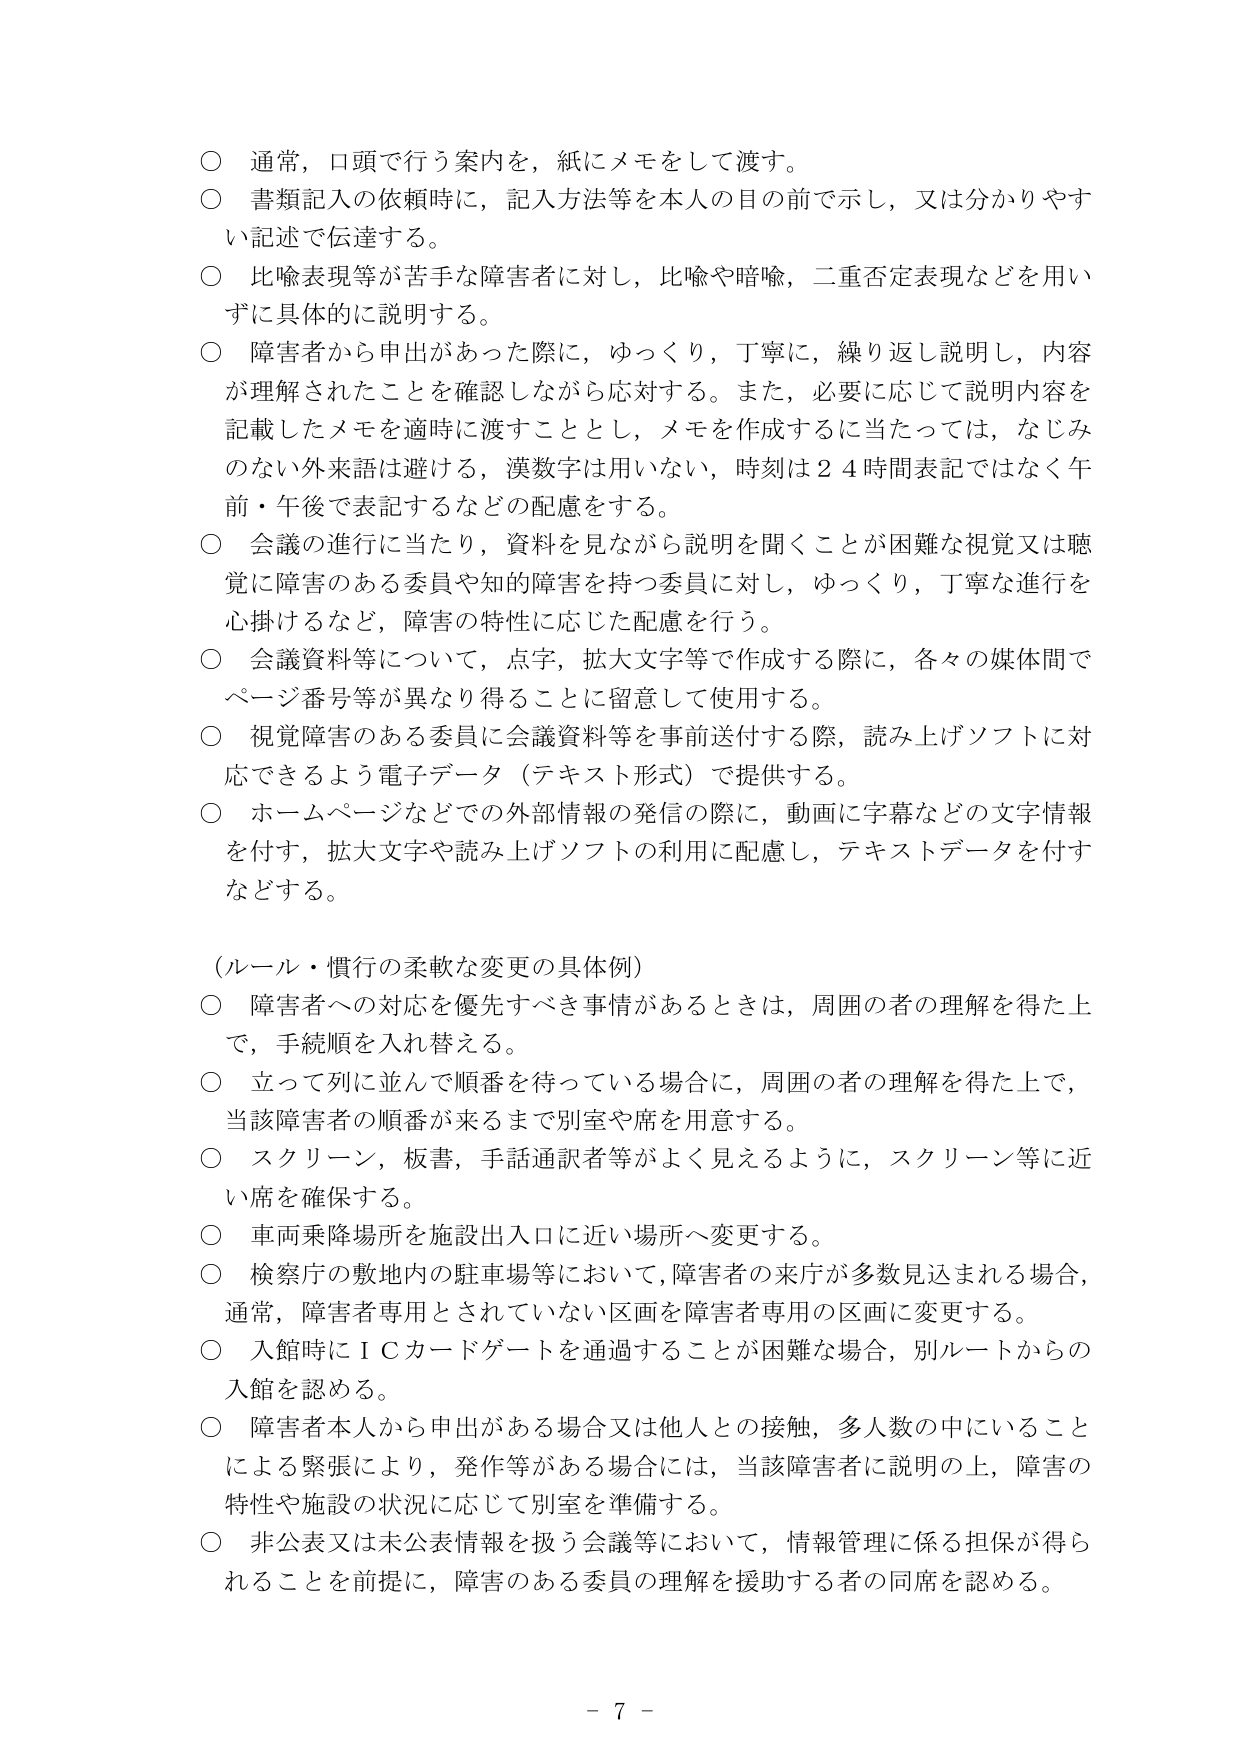
○ 通常，口頭で行う案内を，紙にメモをして渡す。
○ 書類記入の依頼時に，記入方法等を本人の目の前で示し，又は分かりやすい記述で伝達する。
○ 比喩表現等が苦手な障害者に対し，比喩や暗喩，二重否定表現などを用いずに具体的に説明する。
○ 障害者から申出があった際に，ゆっくり，丁寧に，繰り返し説明し，内容が理解されたことを確認しながら応対する。また，必要に応じて説明内容を記載したメモを適時に渡すこととし，メモを作成するに当たっては，なじみのない外来語は避ける，漢数字は用いない，時刻は２４時間表記ではなく午前・午後で表記するなどの配慮をする。
○ 会議の進行に当たり，資料を見ながら説明を聞くことが困難な視覚又は聴覚に障害のある委員や知的障害を持つ委員に対し，ゆっくり，丁寧な進行を心掛けるなど，障害の特性に応じた配慮を行う。
○ 会議資料等について，点字，拡大文字等で作成する際に，各々の媒体間でページ番号等が異なり得ることに留意して使用する。
○ 視覚障害のある委員に会議資料等を事前送付する際，読み上げソフトに対応できるよう電子データ（テキスト形式）で提供する。
○ ホームページなどでの外部情報の発信の際に，動画に字幕などの文字情報を付す，拡大文字や読み上げソフトの利用に配慮し，テキストデータを付すなどする。

（ルール・慣行の柔軟な変更の具体例）
○ 障害者への対応を優先すべき事情があるときは，周囲の者の理解を得た上で，手続順を入れ替える。
○ 立って列に並んで順番を待っている場合に，周囲の者の理解を得た上で，当該障害者の順番が来るまで別室や席を用意する。
○ スクリーン，板書，手話通訳者等がよく見えるように，スクリーン等に近い席を確保する。
○ 車両乗降場所を施設出入口に近い場所へ変更する。
○ 検察庁の敷地内の駐車場等において，障害者の来庁が多数見込まれる場合，通常，障害者専用とされていない区画を障害者専用の区画に変更する。
○ 入館時にＩＣカードゲートを通過することが困難な場合，別ルートからの入館を認める。
○ 障害者本人から申出がある場合又は他人との接触，多人数の中にいることによる緊張により，発作等がある場合には，当該障害者に説明の上，障害の特性や施設の状況に応じて別室を準備する。
○ 非公表又は未公表情報を扱う会議等において，情報管理に係る担保が得られることを前提に，障害のある委員の理解を援助する者の同席を認める。

－ 7 －